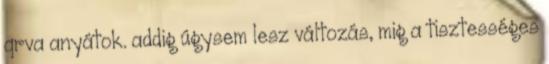
qrva anyátok. addig úgysem lesz változás, mig a tisztességes